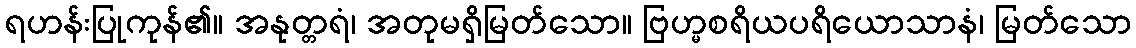
ရဟန်းပြုကုန်၏။ အနုတ္တရံ၊ အတုမရှိမြတ်သော။ ဗြဟ္မစရိယပရိယောသာနံ၊ မြတ်သော